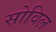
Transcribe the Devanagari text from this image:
सोविल